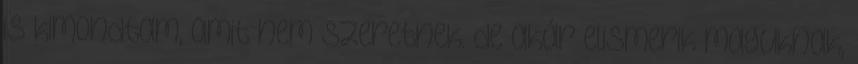
is kimondtam, amit nem szeretnek. de akár elismerik maguknak,